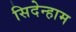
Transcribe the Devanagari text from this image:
सिदेन्हाम